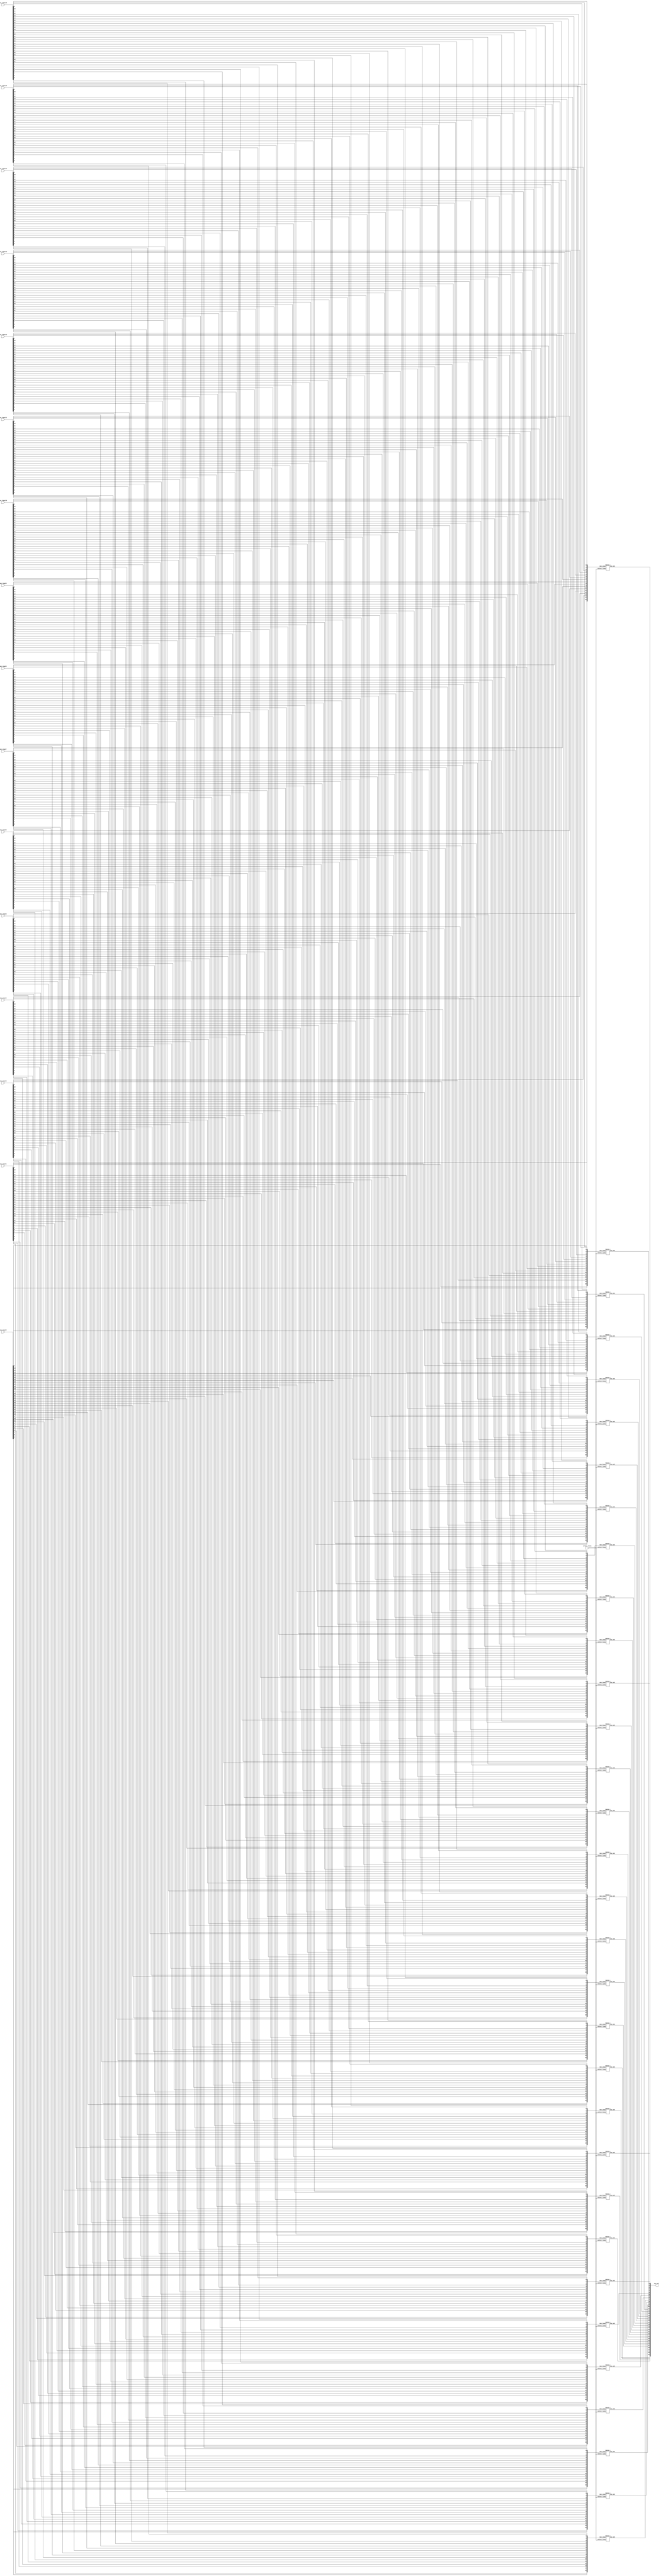
/*
    Verilog does not support arrays in ports
*/
module MUX16_1_32(mux_input1,mux_input2,mux_input3,mux_input4,mux_input5,mux_input6,mux_input7,mux_input8,mux_input9,mux_input10,mux_input11,mux_input12,mux_input13,mux_input14,mux_input15,mux_input16,mux_out,select_lines);
    
    input  [31:0] mux_input1,mux_input2,mux_input3,mux_input4,mux_input5,mux_input6,mux_input7,mux_input8,mux_input9,mux_input10,mux_input11,mux_input12,mux_input13,mux_input14,mux_input15,mux_input16;
    wire [31:0] mux_input [15:0];
    assign mux_input[0] = mux_input1;
    assign mux_input[1] = mux_input2;
    assign mux_input[2] = mux_input3;
    assign mux_input[3] = mux_input4;
    assign mux_input[4] = mux_input5;
    assign mux_input[5] = mux_input6;
    assign mux_input[6] = mux_input7;
    assign mux_input[7] = mux_input8;
    assign mux_input[8] = mux_input9;
    assign mux_input[9] = mux_input10;
    assign mux_input[10] = mux_input11;
    assign mux_input[11] = mux_input12;
    assign mux_input[12] = mux_input13;
    assign mux_input[13] = mux_input14;
    assign mux_input[14] = mux_input15;
    assign mux_input[15] = mux_input16;
    output [31:0] mux_out;
    input [3:0] select_lines;
    genvar i;
    generate
    for (i=0;i<32;i=i+1) begin
        MUX16_1 mux({mux_input[0][i], mux_input[1][i], mux_input[2][i], mux_input[3][i], mux_input[4][i], mux_input[5][i], mux_input[6][i], mux_input[7][i], mux_input[8][i], mux_input[9][i], mux_input[10][i], mux_input[11][i], mux_input[12][i], mux_input[13][i], mux_input[14][i], mux_input[15][i]},mux_out[i],select_lines);
    end
    endgenerate
endmodule

module MUX16_1(mux_input,mux_out,select_lines);
    input [15:0] mux_input;
    output mux_out;
    input [3:0] select_lines;
    wire s0,s1,s2;
    wire [1:0] out;
    assign s0 = select_lines[3];
    MUX8_1 mux161(mux_input[15:8],out[0],select_lines[2:0]);
    MUX8_1 mux162(mux_input[7:0],out[1],select_lines[2:0]);
    MUX2_1 mux163(out,mux_out,s0);
endmodule

module MUX2_1(mux_input,mux_out,select_lines);
    input [1:0] mux_input;
    output mux_out;
    input select_lines;
    wire s0,s1,s2;
    not(s0,select_lines);
    and(s1,mux_input[0],s0);
    and(s2,mux_input[1],select_lines);
    or (mux_out,s1,s2);
endmodule
module MUX2_1_inv(mux_input,mux_out,select_lines);
    input [1:0] mux_input;
    output mux_out;
    input select_lines;
    wire s0,s1,s2;
    not(s0,select_lines);
    and(s1,mux_input[0],select_lines);
    and(s2,mux_input[1],s0);
    or (mux_out,s1,s2);
endmodule

module MUX4_1(mux_input,mux_out,select_lines);
    input [3:0] mux_input;
    output mux_out;
    input [1:0]select_lines;
    wire s0,s1;
    wire [1:0]out;
    assign s0 = select_lines[0];
    assign s1 = select_lines[1];
    MUX2_1_inv mux41(mux_input[3:2],out[0],s0);
    MUX2_1_inv mux42(mux_input[1:0],out[1],s0);
    MUX2_1 mux43(out,mux_out,s1);
    
endmodule

module MUX8_1(mux_input,mux_out,select_lines);
    input [7:0] mux_input;
    output mux_out;
    input [2:0] select_lines;
    wire s0,s1,s2;
    wire [1:0] out;
    assign s0 = select_lines[2];
    MUX4_1 mux81(mux_input[7:4],out[0],select_lines[1:0]);
    MUX4_1 mux82(mux_input[3:0],out[1],select_lines[1:0]);
    MUX2_1 mux83(out,mux_out,s0);
endmodule